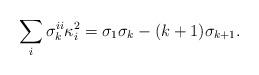
LaTeX: \begin{align*}\sum_i \sigma_{k}^{ii}\kappa_i^2=\sigma_1\sigma_k-(k+1)\sigma_{k+1}.\end{align*}